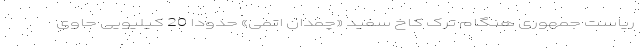
ریاست جمهوری هنگام ترک کاخ سفید «چمدان اتمی» حدودا 20 کیلیویی حاوی